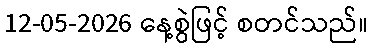
12-05-2026 နေ့စွဲဖြင့် စတင်သည်။